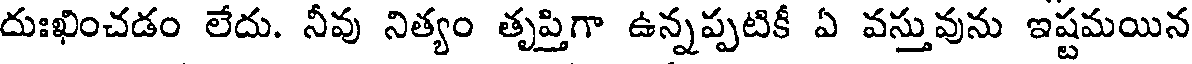
దుఃఖించడం లేదు. నీవు నిత్యం తృప్తిగా ఉన్నప్పటికీ ఏ వస్తువును ఇష్టమయిన